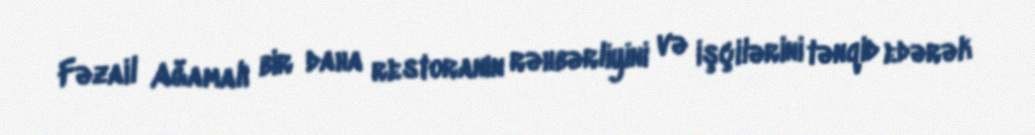
Fəzail Ağamalı bir daha restoranın rəhbərliyini və işçilərini tənqid edərək